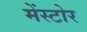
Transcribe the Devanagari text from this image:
मेंस्टोर